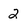
Character: 2